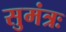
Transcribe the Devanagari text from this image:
सुमंत्रः